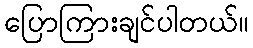
ပြောကြားချင်ပါတယ်။